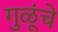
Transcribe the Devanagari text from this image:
गुळूंचे